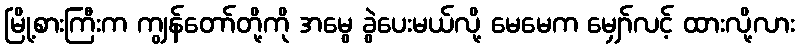
မြို့စားကြီးက ကျွန်တော်တို့ကို အမွေ ခွဲပေးမယ်လို့ မေမေက မျှော်လင့် ထားလို့လား